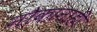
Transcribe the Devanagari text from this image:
नौकांनाही